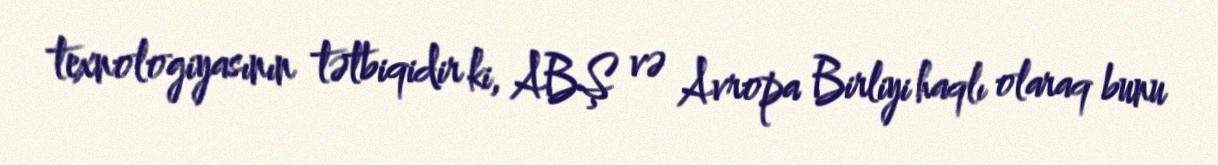
texnologiyasının tətbiqidir ki, ABŞ və Avropa Birliyi haqlı olaraq bunu